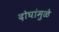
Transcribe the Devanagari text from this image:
दोघांमुळे